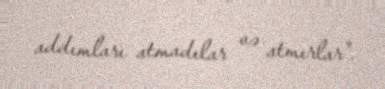
addımları atmadılar və atmırlar".